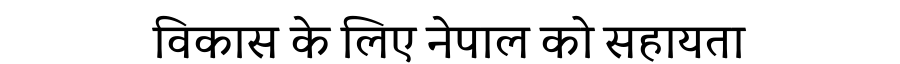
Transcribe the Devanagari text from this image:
विकास के लिए नेपाल को सहायता